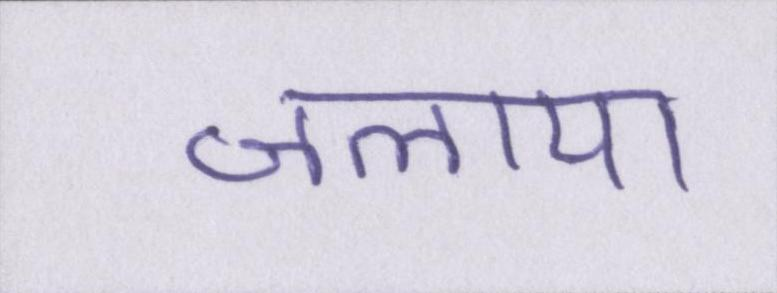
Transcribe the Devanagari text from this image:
जलाया